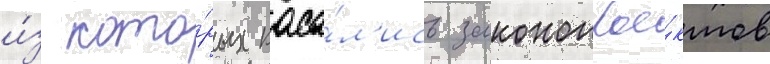
и́з кото́рых каса́л'ись законопрое́ктов